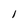
Character: 1